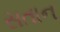
સતાન